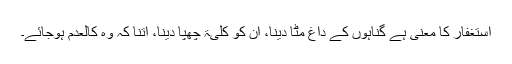
استغفار کا معنی ہے گناہوں کے داغ مٹا دینا، ان کو کلیۃً چھپا دینا، اتنا کہ وہ کالعدم ہوجائے۔